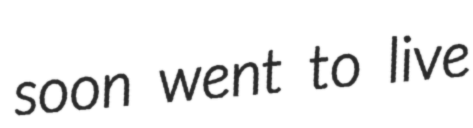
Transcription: soon went to live